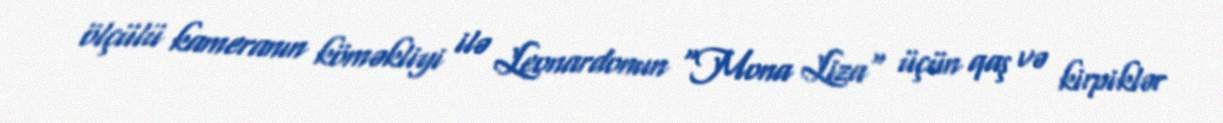
ölçülü kameranın köməkliyi ilə Leonardonun "Mona Liza" üçün qaş və kirpiklər